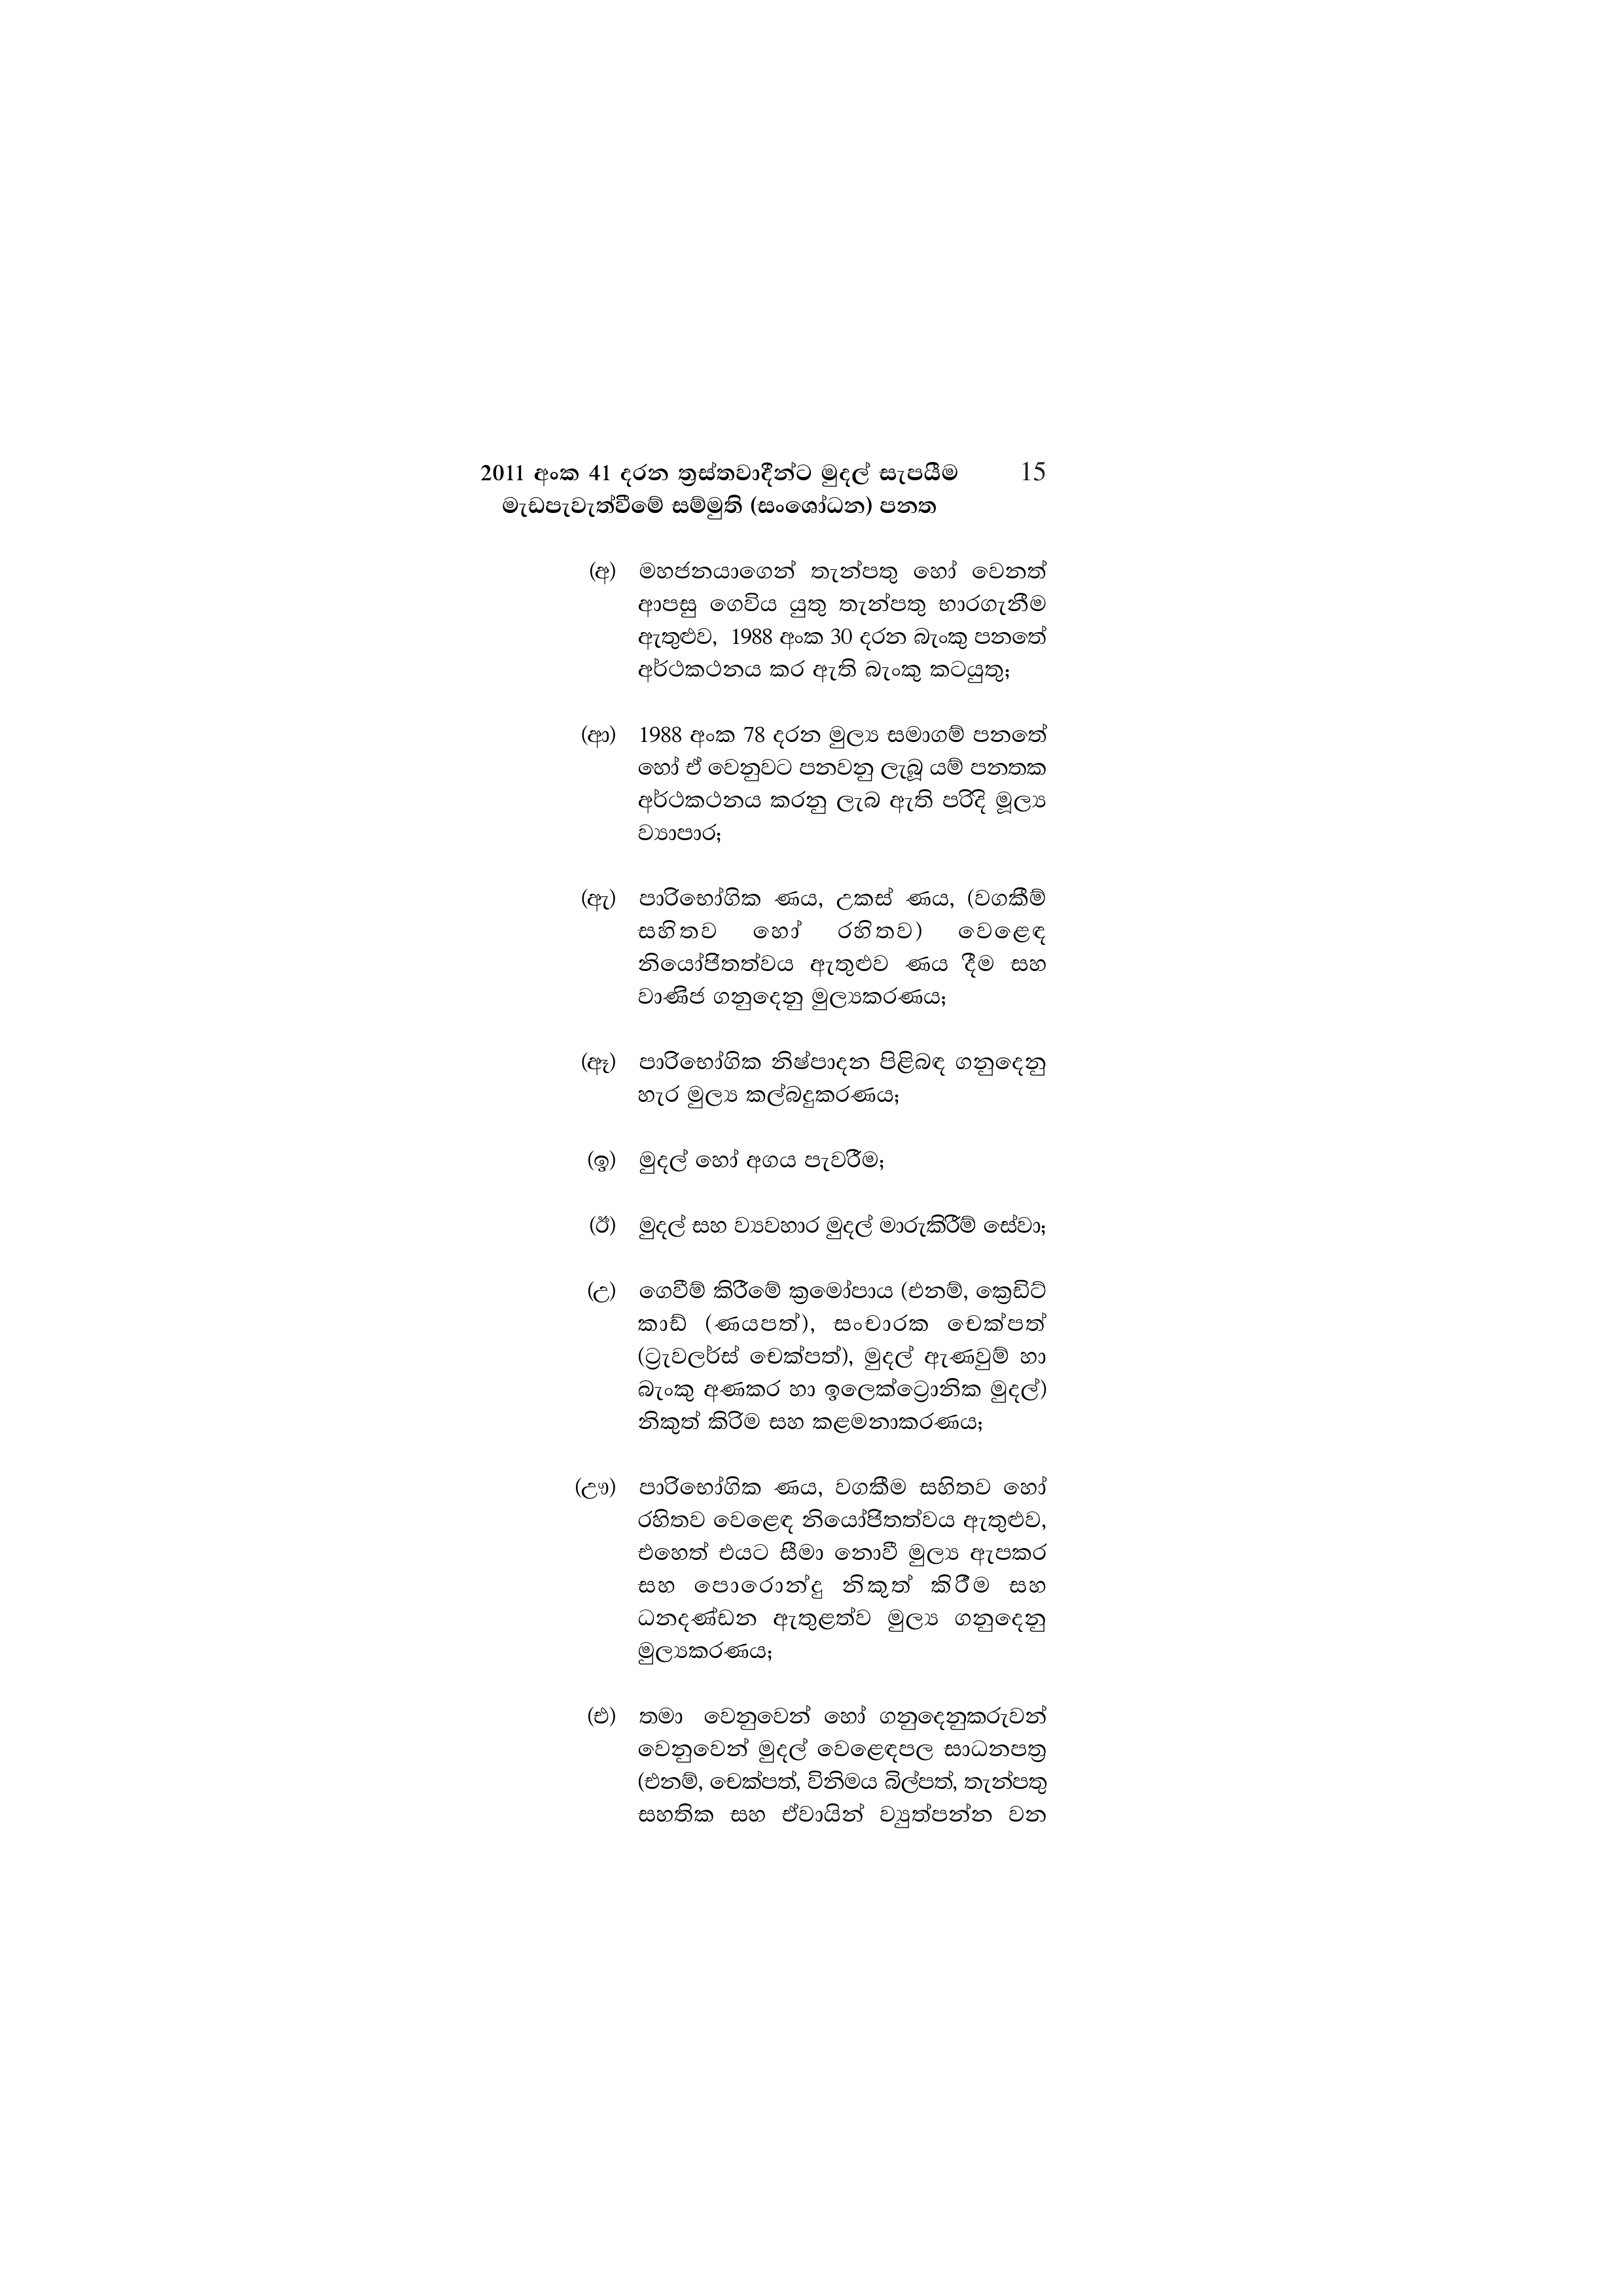
2011 අංක 41 දරන ත්‍රස්තවාදීන්ට මුදල් සැපයීම 15
මැඩපැවැත්වීමේ සම්මුති (සංශෝධන) පනත

(අ) මහජනයාගෙන් තැන්පතු හෝ වෙනත්
ආපසු ගෙවිය යුතු තැන්පතු භාරගැනීම
ඇතුළුව, 1988 අංක 30 දරන බැංකු පනතේ
අර්ථකථනය කර ඇති බැංකු කටයුතු;

(ආ) 1988 අංක 78 දරන මුල්‍ය සමාගම් පනතේ
හෝ ඒ වෙනුවට පනවනු ලැබූ යම් පනතක
අර්ථකථනය කරනු ලැබ ඇති පරිදි මූල්‍ය
ව්‍යාපාර;

(ඇ) පාරිභෝගික ණය, උකස් ණය, (වගකීම්
සහිතව හෝ රහිතව) වෙළෙඳ
නියෝජිතත්වය ඇතුළුව ණය දීම සහ
වාණිජ ගනුදෙනු මුල්‍යකරණය;

(ඈ) පාරිභෝගික නිෂ්පාදන පිළිබඳ ගනුදෙනු
හැර මුල්‍ය කල්බදුකරණය;

(ඉ) මුදල් හෝ අගය පැවරීම;

(ඊ) මුදල් සහ ව්‍යවහාර මුදල් මාරුකිරීම් සේවා;

(උ) ගෙවීම් කිරීමේ ක්‍රමෝපාය (එනම්, ක්‍රෙඩිට්
කාඩ් (ණයපත්), සංචාරක චෙක්පත්
(ට්‍රැවලර්ස් චෙක්පත්), මුදල් ඇණවුම් හා
බැංකු අණකර හා ඉලෙක්ට්‍රොනික මුදල්)
නිකුත් කිරිම සහ කළමනාකරණය;

(ඌ) පාරිභෝගික ණය, වගකීම සහිතව හෝ
රහිතව වෙළෙඳ නියෝජිතත්වය ඇතුළුව,
එහෙත් එයට සීමා නොවී මුල්‍ය ඇපකර
සහ පොරොන්දු නිකුත් කිරීම සහ
ධනදණ්ඩන ඇතුළත්ව මුල්‍ය ගනුදෙනු
මුල්‍යකරණය;

(එ) තමා වෙනුවෙන් හෝ ගනුදෙනුකරුවන්
වෙනුවෙන් මුදල් වෙළෙඳපල සාධනපත්‍ර
(එනම්, චෙක්පත්, විනිමය බිල්පත්, තැන්පතු
සහතික සහ ඒවායින් ව්‍යුත්පන්න වන